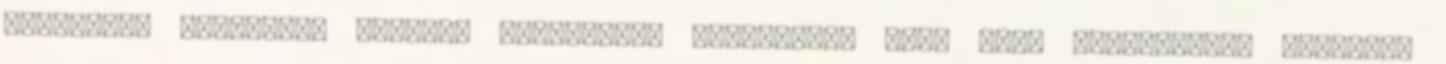
politikai eseményei Rejtett kategória: Navigációs menü Fiók létrehozása Letöltés